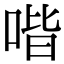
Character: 喈